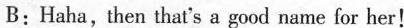
B:Haha,then that's a good name for her!